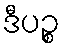
ဒီပဉ္စ